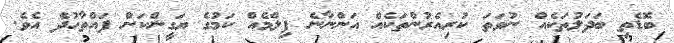
ބޮޑެތި ބަދަލުތަކެއް ނުވަތަ ކުރިއެރުންތަކެއް އަންނާނެ ފިލްމެއް ކަމުގެ ޔަގީންކަން ފައްތާހުދެ އެވެ.